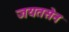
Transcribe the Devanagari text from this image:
जयतसेन